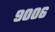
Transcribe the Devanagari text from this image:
९००६